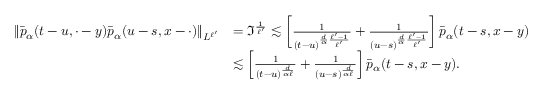
\begin{array} { r l } { \Vert \bar { p } _ { \alpha } ( t - u , \cdot - y ) \bar { p } _ { \alpha } ( u - s , x - \cdot ) \Vert _ { L ^ { \ell ^ { \prime } } } } & { = \mathfrak { I } ^ { \frac { 1 } { \ell ^ { \prime } } } \lesssim \left[ \frac { 1 } { ( t - u ) ^ { \frac { d } { \alpha } \frac { \ell ^ { \prime } - 1 } { \ell ^ { \prime } } } } + \frac { 1 } { ( u - s ) ^ { \frac { d } { \alpha } \frac { \ell ^ { \prime } - 1 } { \ell ^ { \prime } } } } \right] \bar { p } _ { \alpha } ( t - s , x - y ) } \\ & { \lesssim \left[ \frac { 1 } { ( t - u ) ^ { \frac { d } { \alpha \ell } } } + \frac { 1 } { ( u - s ) ^ { \frac { d } { \alpha \ell } } } \right] \bar { p } _ { \alpha } ( t - s , x - y ) . } \end{array}